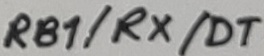
Text: RB1/RX/DT